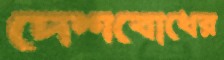
দেশবোধের